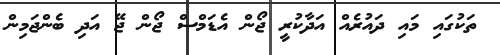
ތަކުގައި މައި ދައުރެއް އަދާކުރީ ޖޯން އެޑަމްސް ޖޯން ޖޭ އަދި ބެންޖަމިން